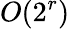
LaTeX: O(2^{r})